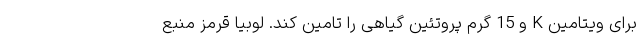
برای ویتامین K و 15 گرم پروتئین گیاهی را تامین کند. لوبیا قرمز منبع